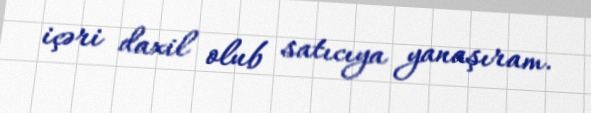
içəri daxil olub satıcıya yanaşıram.